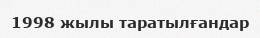
1998 жылы таратылғандар